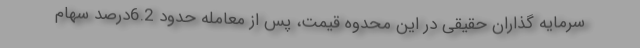
سرمایه گذاران حقیقی در این محدوه قیمت، پس از معامله حدود 6.2درصد سهام